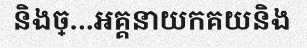
និងច្...អគ្គនាយកគយនិង